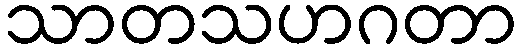
သာတသဟဂတာ